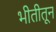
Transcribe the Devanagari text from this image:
भीतीतून